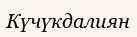
Күчүкдалиян